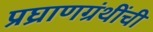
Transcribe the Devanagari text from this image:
प्रघ्राणग्रंथींची